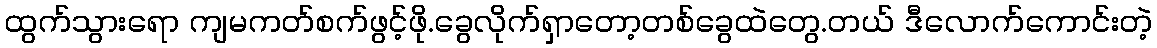
ထွက်သွားရော ကျမကတ်စက်ဖွင့်ဖို.ခွေလိုက်ရှာတော့တစ်ခွေထဲတွေ.တယ် ဒီလောက်ကောင်းတဲ့